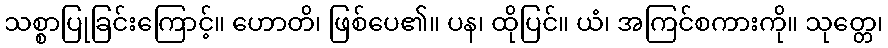
သစ္စာပြုခြင်းကြောင့်။ ဟောတိ၊ ဖြစ်ပေ၏။ ပန၊ ထိုပြင်။ ယံ၊ အကြင်စကားကို။ သုတ္တေ၊